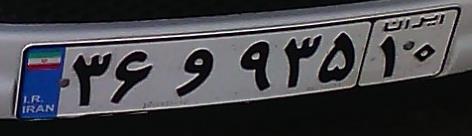
۳۶و۹۳۵۱۰